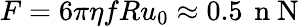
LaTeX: F=6\pi\eta fRu_{0}\approx 0.5\, \mathrm{~n~N~}